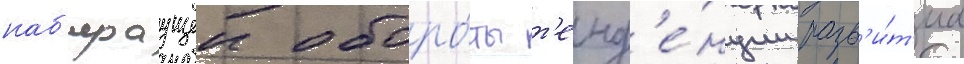
наб'ираущеи оборо́ты т'енд'е́нции разв'и́т'иа